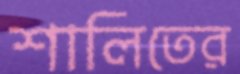
শালিতের